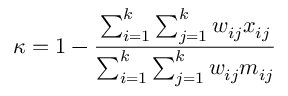
\kappa = 1 - { \frac { \sum _ { i = 1 } ^ { k } \sum _ { j = 1 } ^ { k } w _ { i j } x _ { i j } } { \sum _ { i = 1 } ^ { k } \sum _ { j = 1 } ^ { k } w _ { i j } m _ { i j } } }